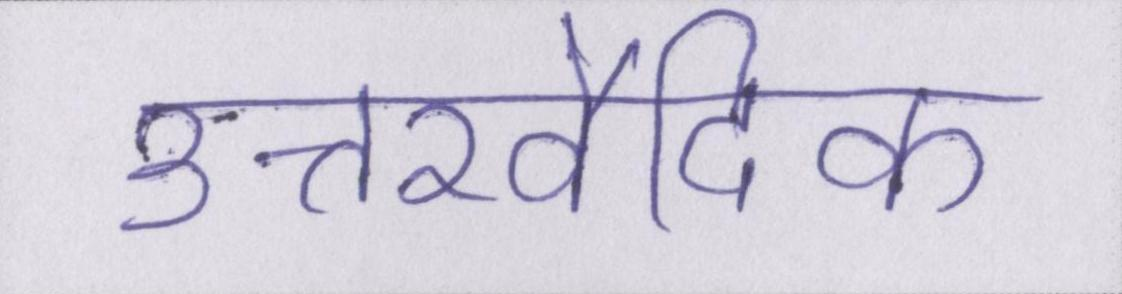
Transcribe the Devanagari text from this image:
उत्तरवैदिक